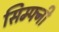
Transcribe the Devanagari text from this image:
सिम्फ्नी